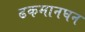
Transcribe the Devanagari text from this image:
ढकमानघन